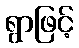
ရွာဖြင့်